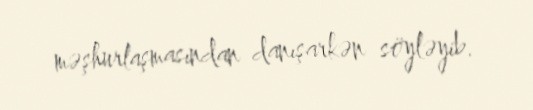
məşhurlaşmasından danışarkən söyləyib.